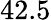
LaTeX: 42.5